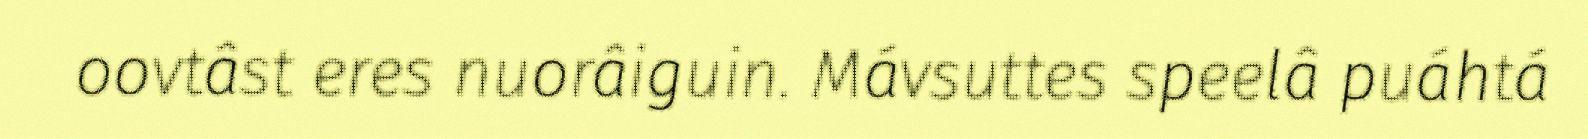
oovtâst eres nuorâiguin. Mávsuttes speelâ puáhtá